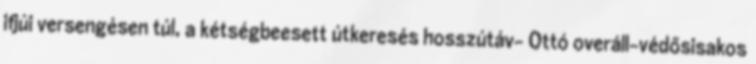
ifjúi versengésen túl, a kétségbeesett útkeresés hosszútáv- Ottó overáll-védősisakos